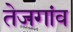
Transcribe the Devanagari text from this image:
तेजगांव